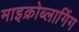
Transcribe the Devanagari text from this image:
माइक्रोब्लागिंग